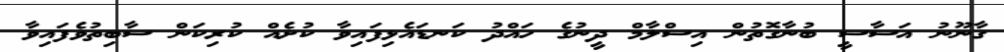
ގާނޫނު އަސާސީ ބުނާގޮތުން އިސްލާމް ދީނުގެ ހައްދު ކަނޑައެޅިފައިވާ ކުށެއް ކުރިކަން ސާބިތުވެފައިވާ